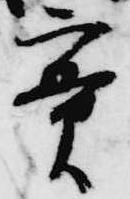
実